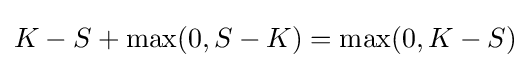
K-S+\max(0,S-K)=\max(0,K-S)